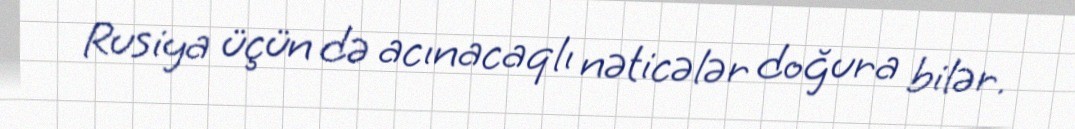
Rusiya üçün də acınacaqlı nəticələr doğura bilər.